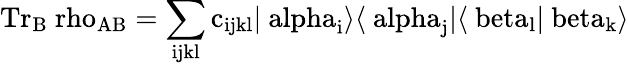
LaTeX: \mathrm{{Tr}_{B}\ rho_{AB}=\sum_{ijkl}c_{ijkl}\vert\ alpha_{i}\rangle\langle\ alpha_{j}\vert\langle\ beta_{l}\vert\ beta_{k}\rangle}